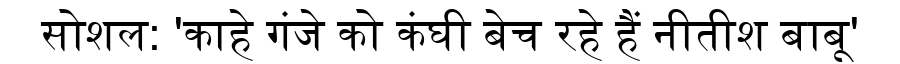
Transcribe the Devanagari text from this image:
सोशल: 'काहे गंजे को कंघी बेच रहे हैं नीतीश बाबू'